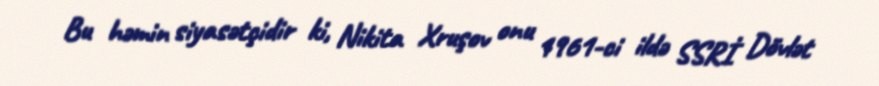
Bu həmin siyasətçidir ki, Nikita Xruşov onu 1961-ci ildə SSRİ Dövlət